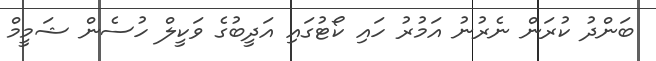
ބަންދު ކުރަން ނެރުނު އަމުރު ހައި ކޯޓުގައި އަދީބުގެ ވަކީލް ހުސެން ޝަމީމް